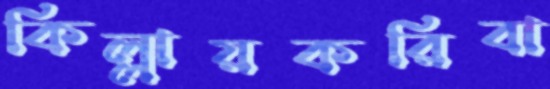
কিল্লায়করিবা